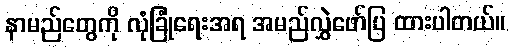
နာမည်တွေကို လုံခြုံရေးအရ အမည်လွှဲဖော်ပြ ထားပါတယ်။